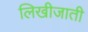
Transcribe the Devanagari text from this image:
लिखीजाती